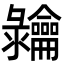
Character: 𬺠